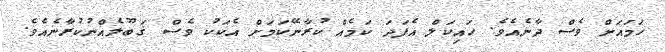
ހަމައަށް ވެސް ދާނެއެވެ. ހައިކަލް އެފަދަ ކަމެއް ކުރާނޭކަމަށް އެކަކު ވެސް ޤަބޫލެއްނުކުރާނެއެވެ.